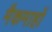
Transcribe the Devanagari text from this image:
मैकमाहों